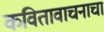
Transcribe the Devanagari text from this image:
कवितावाचनाचा